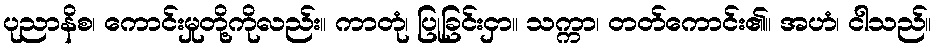
ပုညာနိစ၊ ကောင်းမှုတို့ကိုလည်း။ ကာတုံ၊ ပြုခြင်းငှာ။ သက္ကာ၊ တတ်ကောင်း၏။ အဟံ၊ ငါသည်။